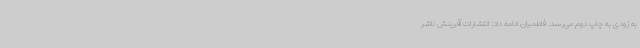
به زودی به چاپ دوم می‌رسد. فاطمیان ادامه داد: انتشارات آفرینش ناشر